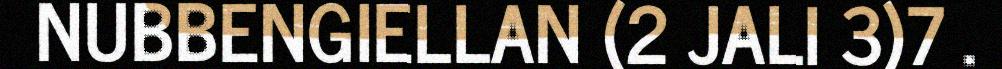
NUBBENGIELLAN (2 JALI 3)7 .